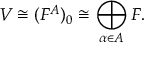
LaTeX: V \cong ( F ^ { A } ) _ { 0 } \cong \bigoplus _ { \alpha \in A } F .